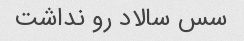
سس سالاد رو نداشت